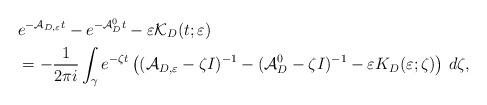
LaTeX: \begin{align*}&e^{-\mathcal{A}_{D,\varepsilon}t}-e^{-\mathcal{A}_D^0t}-\varepsilon \mathcal{K}_D(t;\varepsilon)\\&=-\frac{1}{2 \pi i}\int _\gamma e^{-\zeta t}\left( (\mathcal{A}_{D,\varepsilon}-\zeta I)^{-1}-(\mathcal{A}_D^0-\zeta I)^{-1}-\varepsilon K_D(\varepsilon;\zeta )\right) \,d\zeta ,\end{align*}